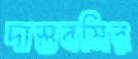
দাস্তবমির